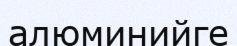
алюминийге